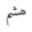
ھشم